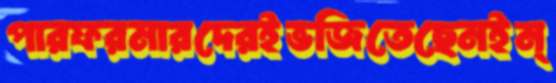
পারফরমারদেরইভজিতেছেনইন্